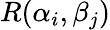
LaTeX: R(\alpha_{i},\beta_{j})